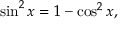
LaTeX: \sin ^ { 2 } x = 1 - \cos ^ { 2 } x ,